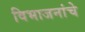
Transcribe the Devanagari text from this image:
विभाजनांचे